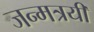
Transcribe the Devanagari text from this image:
जन्मत्रयी